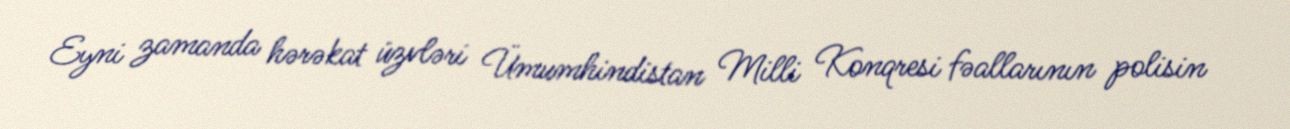
Eyni zamanda hərəkat üzvləri Ümumhindistan Milli Konqresi fəallarının polisin